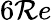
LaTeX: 6\mathcal{R}e